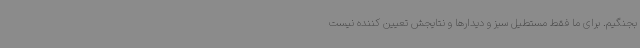
بجنگیم. برای ما فقط مستطیل سبز و دیدارها و نتایجش تعیین کننده نیست